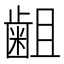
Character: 𪗱